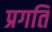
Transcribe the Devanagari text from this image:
प्रगति